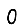
Digit: 0